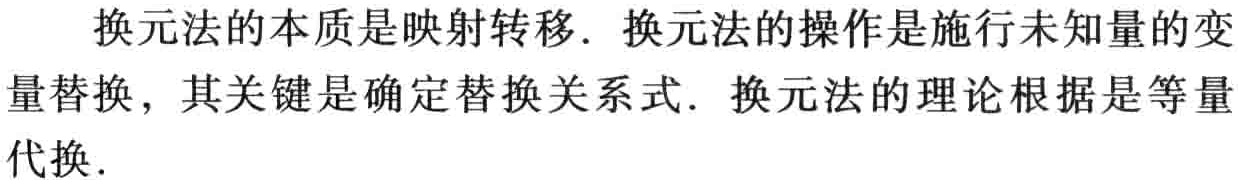
换元法的本质是映射转移. 换元法的操作是施行未知量的变量替换，其关键是确定替换关系式. 换元法的理论根据是等量替换，其关键是确定替换关系式. 换元法的理论根据是等量代换.